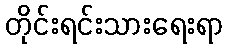
တိုင်းရင်းသားရေးရာ